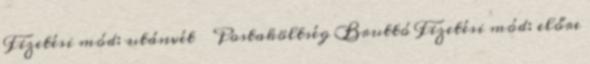
Fizetési mód: utánvét → Postaköltség Bruttó Fizetési mód: előre